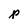
Character: p